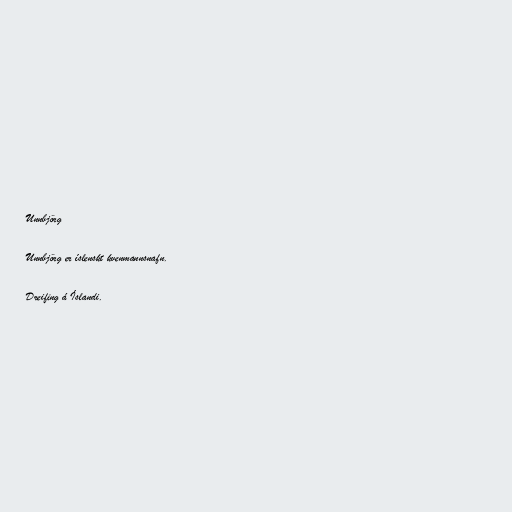
Unnbjörg

Unnbjörg er íslenskt kvenmannsnafn.

Dreifing á Íslandi.